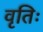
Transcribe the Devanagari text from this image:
वृतिः